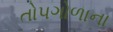
તોપગોળાના